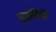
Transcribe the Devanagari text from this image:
द्द्ष्टीचे